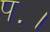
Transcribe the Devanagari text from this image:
प॰।